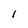
Character: 1